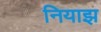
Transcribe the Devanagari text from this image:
नियाझ